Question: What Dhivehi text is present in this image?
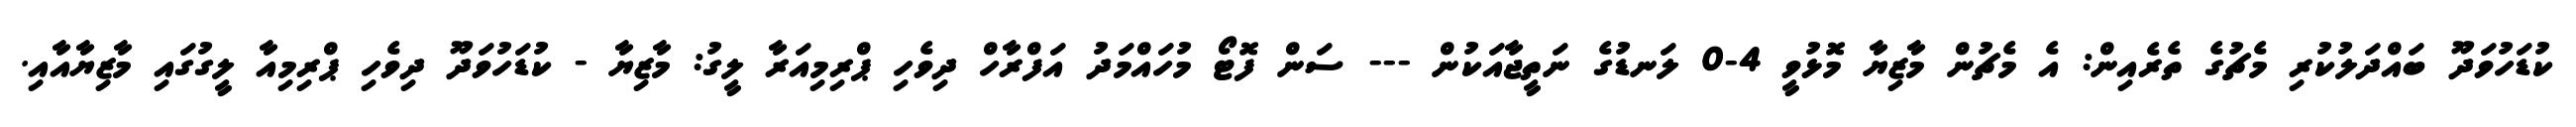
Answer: ކުޑަހުވަދޫ ބައްދަލުކުރި މެޗުގެ ތެރެއިން: އެ މެޗުން މާޒިޔާ މޮޅުވީ 4-0 ލަނޑުގެ ނަތީޖާއަކުން --- ސަން ފޮޓޯ މުހައްމަދު އަފްރާހް ދިވެހި ޕްރިމިއަރާ ލީގު: މާޒިޔާ - ކުޑަހުވަދޫ ދިވެހި ޕްރިމިއާ ލީގުގައި މާޒިޔާއާއި.